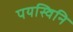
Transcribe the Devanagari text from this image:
पयस्विनि